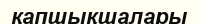
қапшықшалары